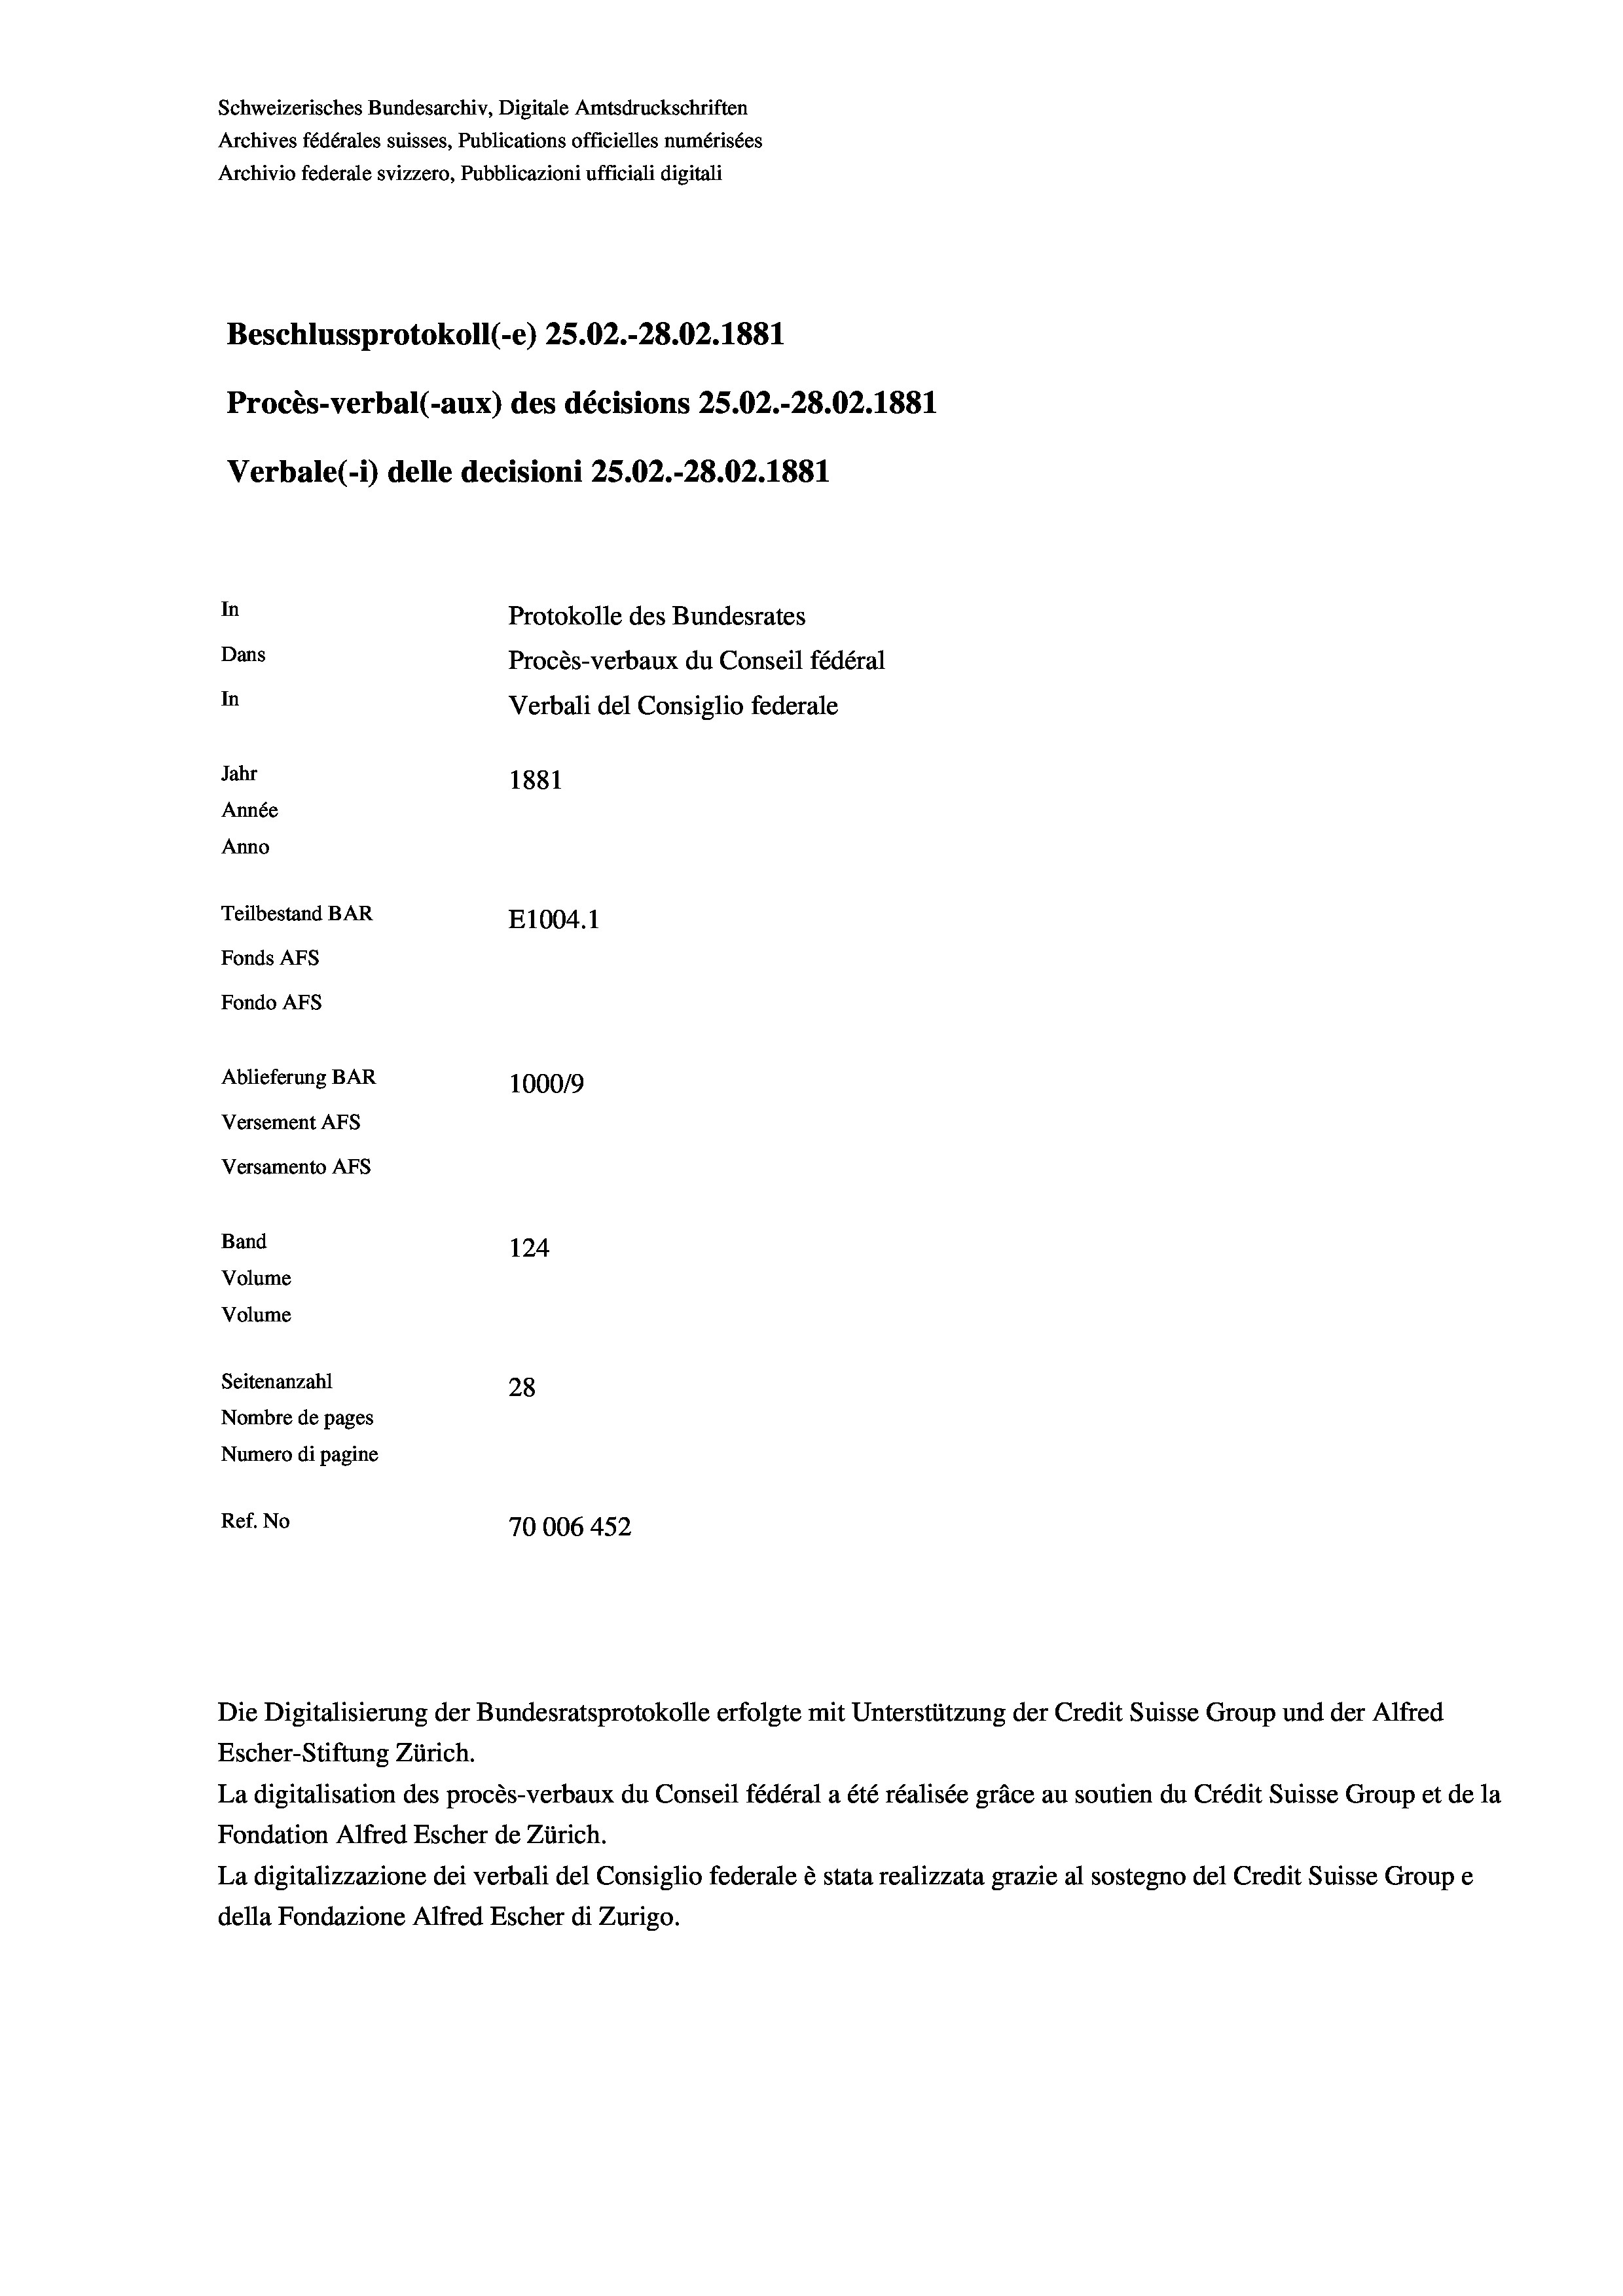
Schweizerisches Bundesarchiv, Digitale Amtsdruckschriften
Archives fédérales suisses, Publications officielles numérisées
Archivio federale svizzero, Pubblicazioni ufficiali digitali
Beschlussprotokoll (-e) 25.02.-28.02. 1881
Procès-verbal (-aux) des décisions 25.02.-28.02. 1881
Verbale(*) delle decisioni 25.02.-28.02. 1881
In
Protokolle des Bundesrates
Dans
Procès-verbaux du Conseil fédéral
In
Verbali del Consiglio federale
Jahr
1881
Année
Anno
Teilbestand BAR
E1004. 1
Fonds AFs
Fondo Afs
Ablieferung BAR
100019
Versement AFs
Versamento Afs
Band
124
Volume
Volume
Seitenanzahl
28
Nombre de pages
Numero di pagine
Ref. No
70006 452

Escher-Stiftung Zürich.
La digitalisation des procès-verbaux du Conseil fédéral a été réalisée gräce au soutien du Crédit Suisse Group et de la
Fondation Alfred Escher de Zürich.
La digitalizzazione dei verbali del Consiglio federale è stata realizzata grazie al sostegno del Credit Suisse Groupe
della Fondazione Alfred Escher di Zurigo.

Die Digitalisierung der Bundesratsprotokolle erfolgte mit Unterstützung der Credit Suisse Group und der Alfred